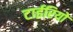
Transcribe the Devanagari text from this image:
टाईरियो